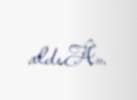
aldıÂ».